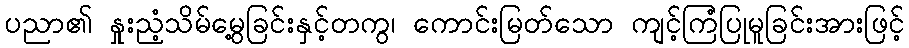
ပညာ၏ နှုးညံ့သိမ်မွေ့ခြင်းနှင့်တကွ၊ ကောင်းမြတ်သော ကျင့်ကြံပြုမူခြင်းအားဖြင့်